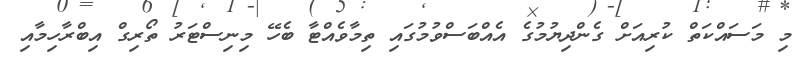
މި މަސައްކަތް ކުރިއަށް ގެންދިޔުމުގެ އެއްބަސްވުމުގައި ތިމާވެއްޓާ ބެހޭ މިނިސްޓަރު ތޯރިގް އިބްރާހިމާއި